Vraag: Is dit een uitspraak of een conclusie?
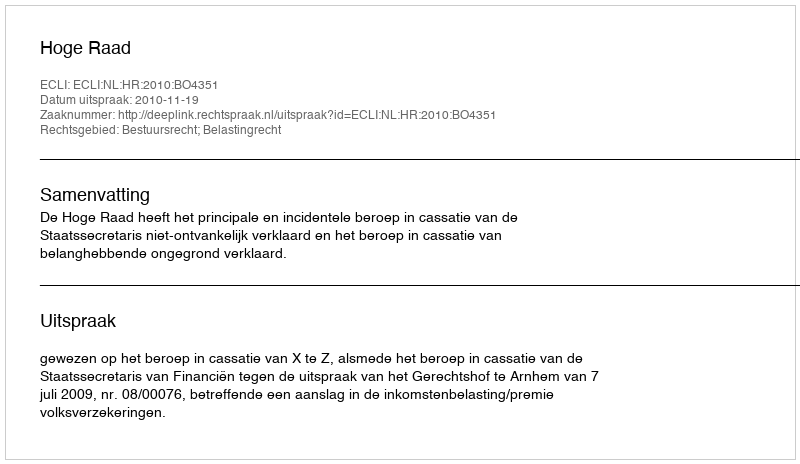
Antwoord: Uitspraak